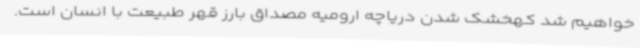
خواهیم شد کهخشک شدن دریاچه ارومیه مصداق بارز قهر طبیعت با انسان است.